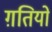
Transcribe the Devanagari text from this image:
ग़तियों